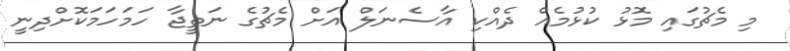
މި މެޗުގައި މޮޅު ކުޅުމެއް ދެއްކި އާސެނަލް އަށް މެޗުގެ ނަތީޖާ ހަމަހަމަކޮށްދިނީ